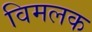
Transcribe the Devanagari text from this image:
विमलक